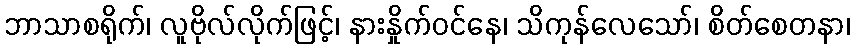
ဘာသာစရိုက်၊ လူဗိုလ်လိုက်ဖြင့်၊ နားနှိုက်ဝင်နေ၊ သိကုန်လေသော်၊ စိတ်စေတနာ၊